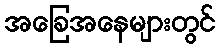
အခြေအနေများတွင်